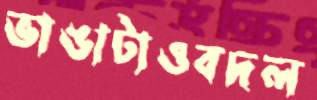
ভাঙাটাওবদল